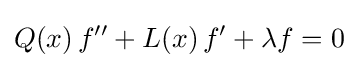
Q(x)\,f''+L(x)\,f'+\lambda f=0